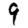
Digit: 9